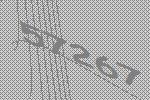
57267